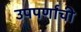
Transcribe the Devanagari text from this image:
उपपर्णांची